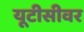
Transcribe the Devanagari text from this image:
यूटीसीवर